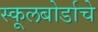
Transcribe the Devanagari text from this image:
स्कूलबोर्डाचे